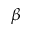
\beta